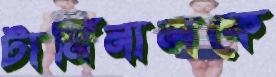
টার্মিনালকে